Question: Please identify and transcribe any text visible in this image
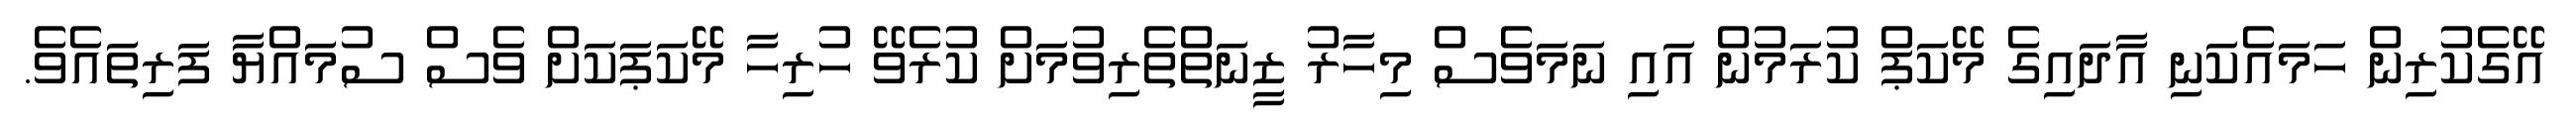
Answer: އޭގެކުރިން ހަމައެކަނި އާދައިގެ މޭކަޕް ކުރަމުން އައި ނަމަވެސް މިހާރު ޒީނަތްތެރިވުމަށް ކުރެވޭ ހުރިހާ މޭކަޕަކަށް ވެސް ސުމައްޔާ ފަރިތައެވެ.